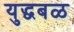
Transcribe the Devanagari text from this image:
युद्धबळ